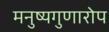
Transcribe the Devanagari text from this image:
मनुष्यगुणारोप